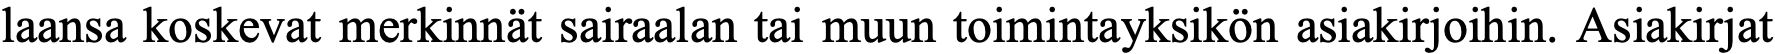
laansa koskevat merkinnät sairaalan tai muun toimintayksikön asiakirjoihin. Asiakirjat